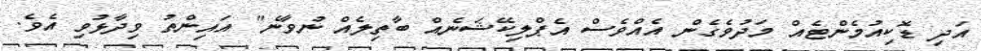
އަދި ޑޮކިއުމެންޓެއް މަދުވެގެން އެއްވެސް އެޕްލިކޭޝަނެއް ބާތިލެއް ނުވާނެ" އައިންތު ވިދާޅުވި އެވެ.